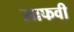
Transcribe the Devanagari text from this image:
साफवी